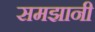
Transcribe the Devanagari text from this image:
समझानी